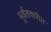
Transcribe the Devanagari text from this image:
पूर्वतयारीत